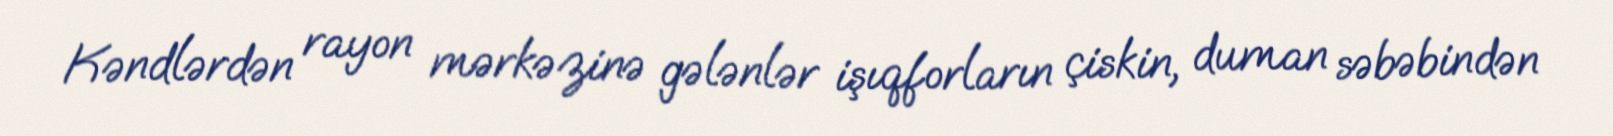
Kəndlərdən rayon mərkəzinə gələnlər işıqforların çiskin, duman səbəbindən